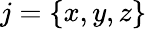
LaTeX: j=\{ x,y,z\}